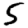
Digit: 5